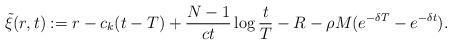
LaTeX: \begin{align*}\tilde\xi(r,t):=r-c_{k}(t-T)+\frac{N-1}{ct}\log \frac{t}T -R-\rho M (e^{-\delta T}-e^{-\delta t}).\end{align*}